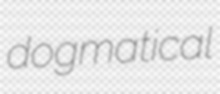
dogmatical